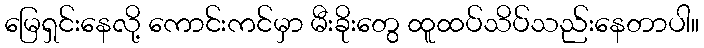
မြေရှင်းနေလို့ ကောင်းကင်မှာ မီးခိုးတွေ ထူထပ်သိပ်သည်းနေတာပါ။